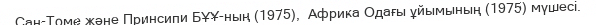
Сан-Томе және Принсипи БҰҰ-ның (1975),  Африка Одағы ұйымының (1975) мүшесі.